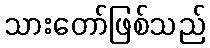
သားတော်ဖြစ်သည်